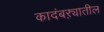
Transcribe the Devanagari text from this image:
कादंबऱ्यातील